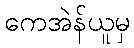
ကေအဲန်ယူမှ